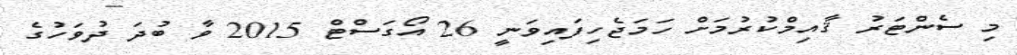
މި ސެންޓަރު ޤާއިމްކުރުމަށް ހަމަޖެހިފައިވަނީ 26 އޯގަސްޓް 2015 ވާ ބުދަ ދުވަހުގެ